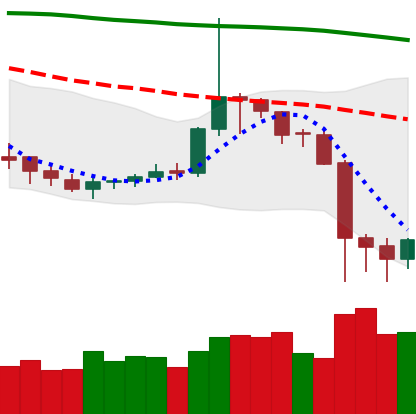
Ticker: DOGE-USD
Chart end date: 2019-09-27
Forward return: 5.853%
Label: up_5_7